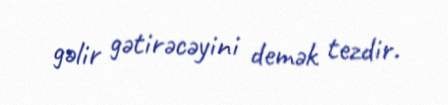
gəlir gətirəcəyini demək tezdir.